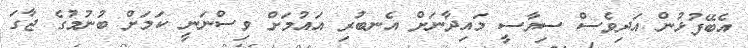
އެބޭފުޅުން އަދިވެސް ސިޔާސީ މައިދާނަށް އެނބުރި އައުމަށް ވިސްނަނީ ކަމަށް ބުނުމުގެ ޖާގަ